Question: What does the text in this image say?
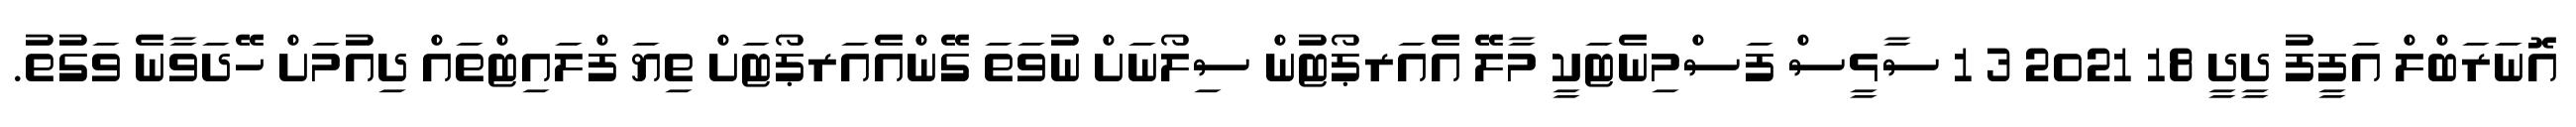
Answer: އޮނަރަބްލް އަފީފު ދީދީ 18 2021 3 1 ސާޅީސް ފަސްމިނެޓަކީ މާލޭ އެއަރޕޯޓުން ސިލޯނަށް ނުވަތަ ގޭންއެއަރޕޯޓަށް ތިޔަ ފްލައިޓްތައް ދިއުމަށް ހޭދަވާނެ ވަގުތު.